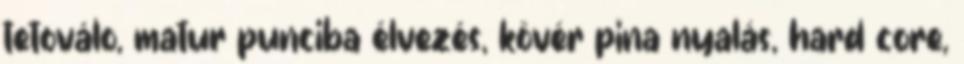
tetoválo, matur punciba élvezés, kövér pina nyalás, hard core,